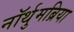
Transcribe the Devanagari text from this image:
नॉर्थुमब्रिया